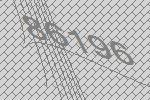
86196